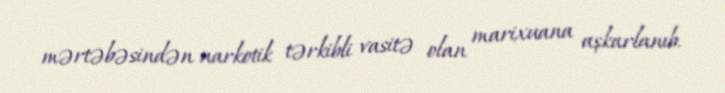
mərtəbəsindən narkotik tərkibli vasitə olan marixuana aşkarlanıb.